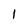
Character: 1